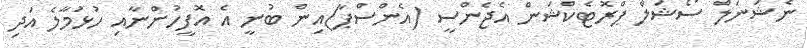
ނެޝަނަލް ސޯޝަލް ޕްރޮޓެކްޝަން އެޖެންސީ (އެންސްޕާ)އިން ބުނީ އެ އޮފީހުންނާއި ހުޅުމާލެ އަދި